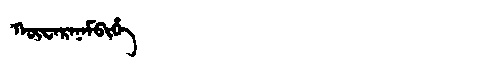
Manchu: ᡴᡡᠸᠠᡵᠠᠨᠠᠮᠪᡳᡥᡝ
Romanization: KŪWARANAMBIHE